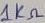
Text: 1KΩ